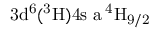
\mathrm { 3 d ^ { 6 } ( ^ { 3 } H ) 4 s \ a \, ^ { 4 } H _ { 9 / 2 } }